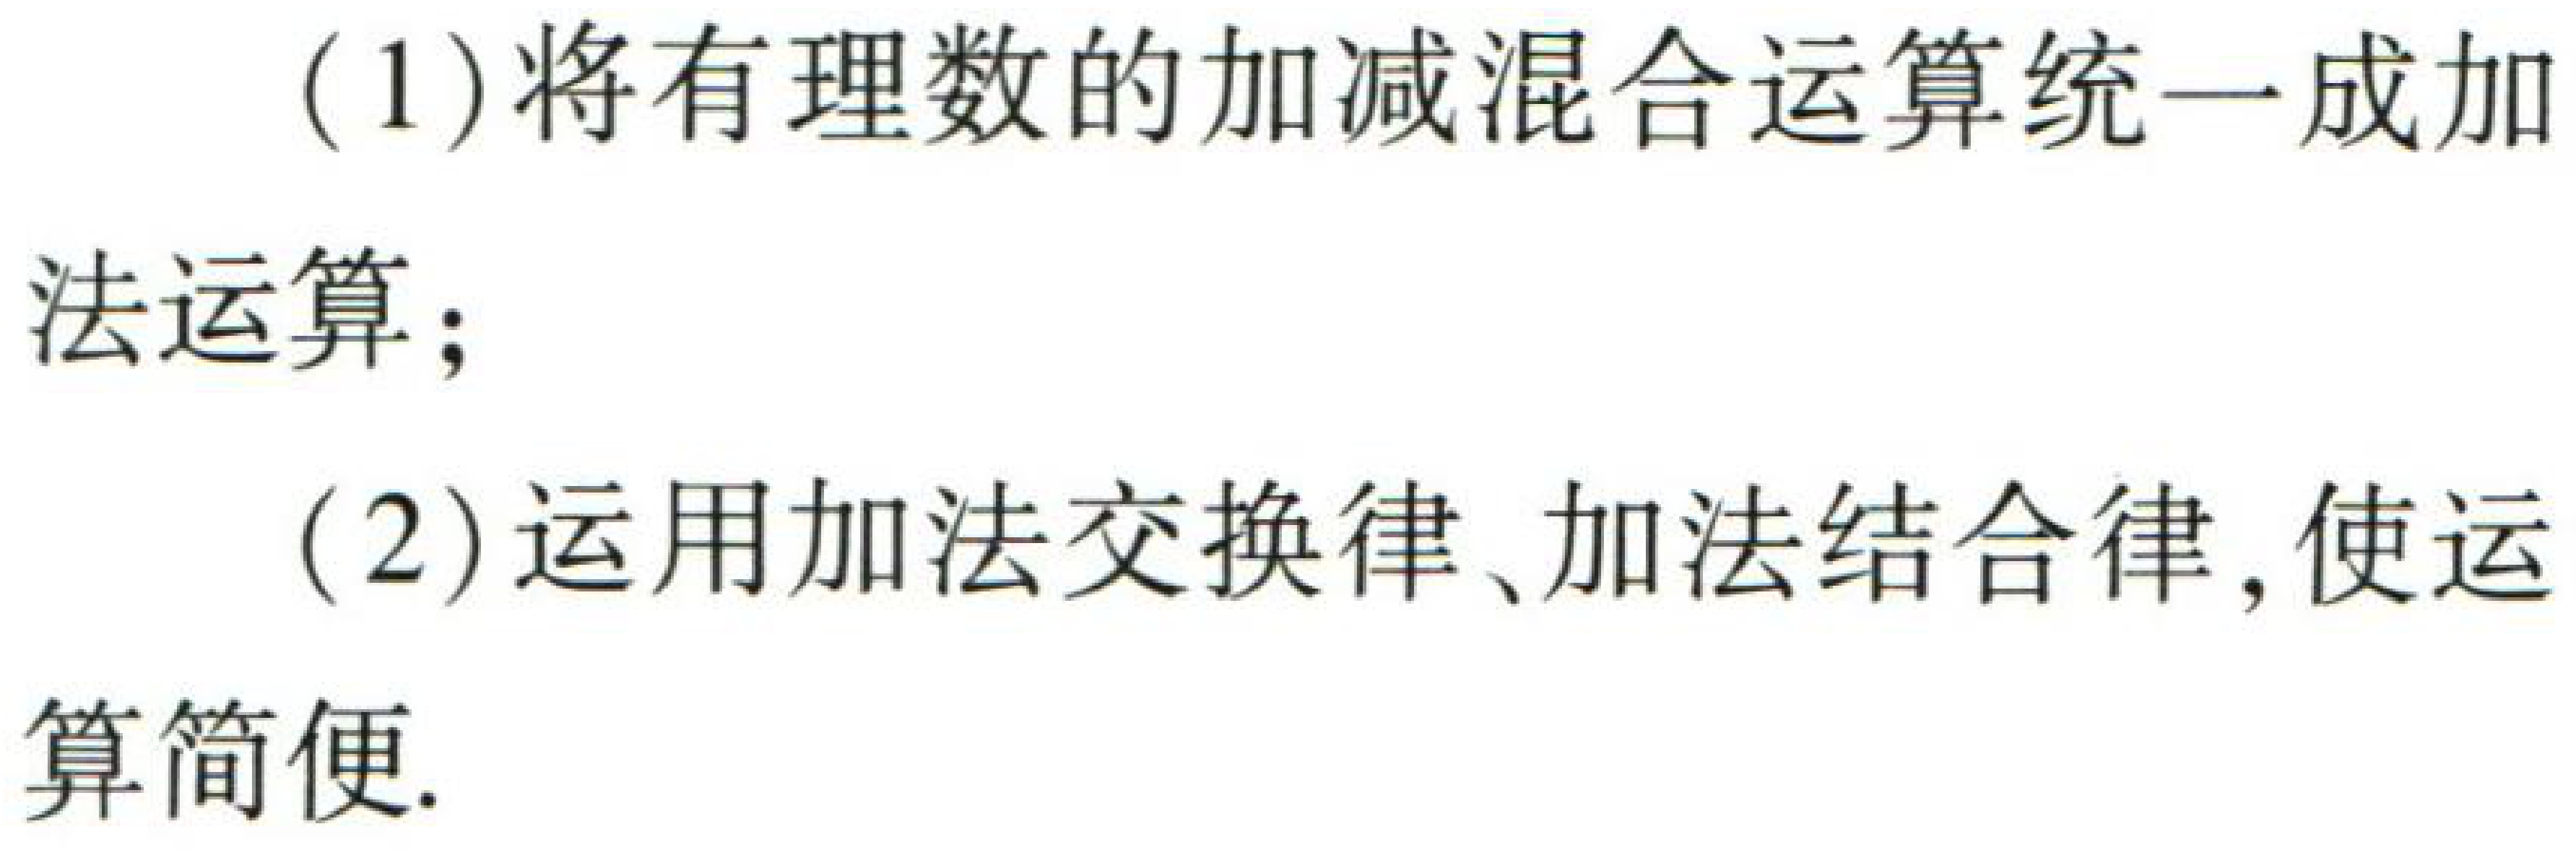
(1)将有理数的加减混合运算统一成加法运算；
(2)运用加法交换律、加法结合律,使运算简便.